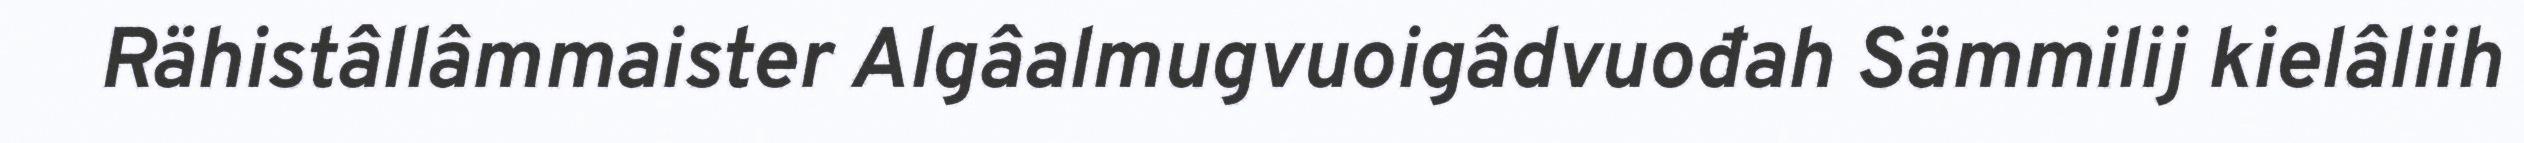
Rähistâllâmmaister Algâalmugvuoigâdvuođah Sämmilij kielâliih